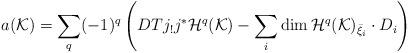
LaTeX: \begin{align*}a({\cal K})=\sum_q(-1)^q\left(DTj_!j^*{\cal H}^q({\cal K})-\sum_i\dim {\cal H}^q({\cal K})_{\bar \xi_i}\cdot D_i\right)\end{align*}